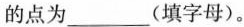
的点为___(填字母)。